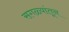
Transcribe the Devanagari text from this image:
सगळ्यांतून